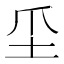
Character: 坕